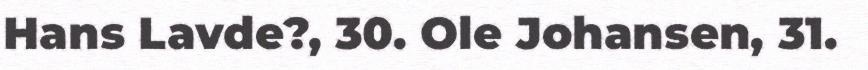
Hans Lavde?, 30. Ole Johansen, 31.